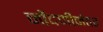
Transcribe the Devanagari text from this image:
नोंदणीनंतर